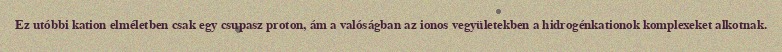
Ez utóbbi kation elméletben csak egy csupasz proton, ám a valóságban az ionos vegyületekben a hidrogénkationok komplexeket alkotnak.